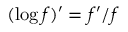
( \log f ) ^ { \prime } = f ^ { \prime } / f